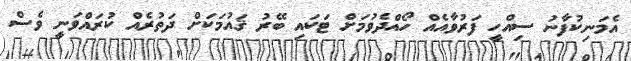
އެމަނިކުފާނު ސިއްހީ ފަރުވާއެއް ހޯއްދެވުމަށް ޓަކައި ބޭރު ޤައުމަކަށް ދަތުރެއް ކުރައްވަނީ ވެސް